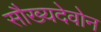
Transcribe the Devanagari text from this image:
सौख्यदेवोन